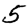
Digit: 5